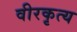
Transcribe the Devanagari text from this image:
वीरकृत्य